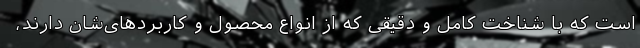
است که با شناخت کامل و دقیقی که از انواع محصول و کاربردهای‌شان دارند،